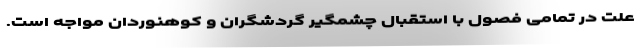
علت در تمامی فصول با استقبال چشمگیر گردشگران و کوهنوردان مواجه است.